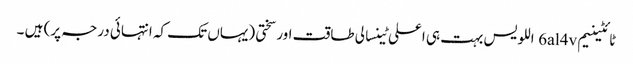
ٹائٹینیم 6al4v اللویس بہت ہی اعلی ٹینسالی طاقت اور سختی (یہاں تک کہ انتہائی درجہ پر) ہیں ۔